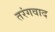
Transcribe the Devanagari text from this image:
तरंगवाद